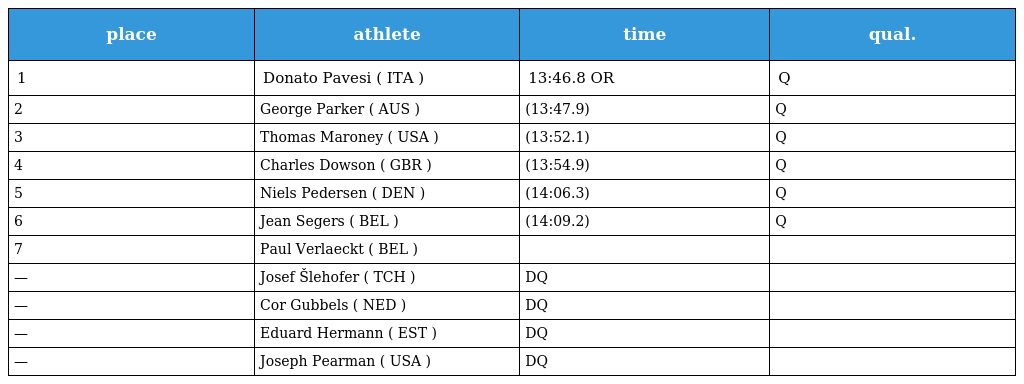
| place | athlete | time | qual. |
 | --- | --- | --- | --- |
 | 1 | Donato Pavesi ( ITA ) | 13:46.8 OR | Q |
 | 2 | George Parker ( AUS ) | (13:47.9) | Q |
 | 3 | Thomas Maroney ( USA ) | (13:52.1) | Q |
 | 4 | Charles Dowson ( GBR ) | (13:54.9) | Q |
 | 5 | Niels Pedersen ( DEN ) | (14:06.3) | Q |
 | 6 | Jean Segers ( BEL ) | (14:09.2) | Q |
 | 7 | Paul Verlaeckt ( BEL ) |  |  |
 | — | Josef Šlehofer ( TCH ) | DQ |  |
 | — | Cor Gubbels ( NED ) | DQ |  |
 | — | Eduard Hermann ( EST ) | DQ |  |
 | — | Joseph Pearman ( USA ) | DQ |  |